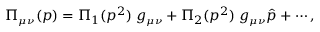
\Pi _ { \scriptscriptstyle \mu \nu } ( p ) = \Pi _ { 1 } ( p ^ { 2 } ) \; g _ { \scriptscriptstyle \mu \nu } + \Pi _ { 2 } ( p ^ { 2 } ) \; g _ { \scriptscriptstyle \mu \nu } \hat { p } + \cdots ,